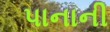
પાનાની